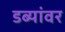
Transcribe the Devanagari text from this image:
डब्यांवर